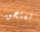
تستحق